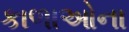
કાળાઓના